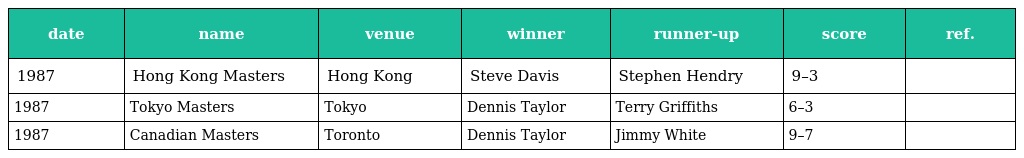
| date | name | venue | winner | runner-up | score | ref. |
 | --- | --- | --- | --- | --- | --- | --- |
 | 1987 | Hong Kong Masters | Hong Kong | Steve Davis | Stephen Hendry | 9–3 |  |
 | 1987 | Tokyo Masters | Tokyo | Dennis Taylor | Terry Griffiths | 6–3 |  |
 | 1987 | Canadian Masters | Toronto | Dennis Taylor | Jimmy White | 9–7 |  |